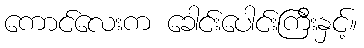
ကောင်လေးက ခေါင်းပေါင်းကြီးနှင့်။